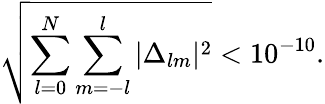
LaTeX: \sqrt{\sum_{l=0}^{N}\sum_{m=-l}^{l}|\Delta_{lm}|^{2}}<10^{-10}.